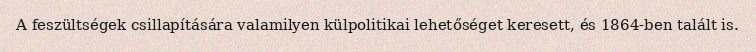
A feszültségek csillapítására valamilyen külpolitikai lehetőséget keresett, és 1864-ben talált is.